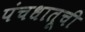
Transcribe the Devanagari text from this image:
पंचधातूची